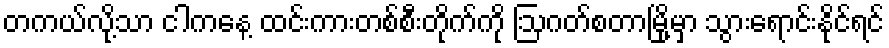
တကယ်လို့သာ ငါကနေ့ ထင်းကားတစ်စီးတိုက်ကို ဩဂတ်စတာမြို့မှာ သွားရောင်းနိုင်ရင်